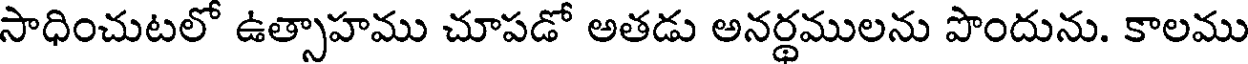
సాధించుటలో ఉత్సాహము చూపడో అతడు అనర్థములను పొందును. కాలము